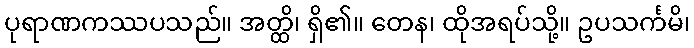
ပုရာဏကဿပသည်။ အတ္ထိ၊ ရှိ၏။ တေန၊ ထိုအရပ်သို့။ ဥပသင်္ကမိ၊